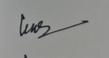
Signature authenticity: genuine